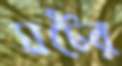
ঘটের